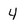
Character: 4